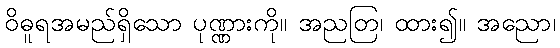
ဝိဓူရအမည်ရှိသော ပုဏ္ဏားကို။ အညတြ၊ ထား၍။ အညော၊